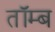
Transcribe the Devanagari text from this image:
तॉम्ब